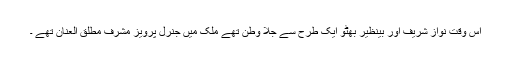
اس وقت نواز شریف اور بینظیر بھٹو ایک طرح سے جلا وطن تھے ملک میں جنرل پرویز مشرف مطلق العنان تھے ۔